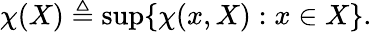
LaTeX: \chi(X)\triangleq\operatorname*{sup}\{ \chi(x,X):x\in X\} .